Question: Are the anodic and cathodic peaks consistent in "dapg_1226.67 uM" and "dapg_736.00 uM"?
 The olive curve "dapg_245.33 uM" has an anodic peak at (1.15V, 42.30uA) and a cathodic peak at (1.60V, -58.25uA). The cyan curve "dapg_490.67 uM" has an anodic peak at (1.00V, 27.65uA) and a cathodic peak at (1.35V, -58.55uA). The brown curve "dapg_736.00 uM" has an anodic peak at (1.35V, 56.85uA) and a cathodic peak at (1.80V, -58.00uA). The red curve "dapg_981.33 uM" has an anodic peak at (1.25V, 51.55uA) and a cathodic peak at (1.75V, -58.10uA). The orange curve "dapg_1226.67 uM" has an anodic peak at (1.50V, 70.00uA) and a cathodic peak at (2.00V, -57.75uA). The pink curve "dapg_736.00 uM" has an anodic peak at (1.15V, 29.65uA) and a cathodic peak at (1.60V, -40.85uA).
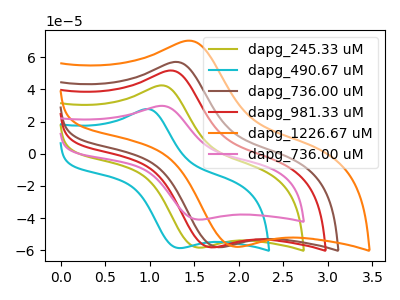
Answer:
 <answer>No, "dapg_1226.67 uM" and "dapg_736.00 uM" have at least one peak that does not match.</answer>
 <eval>mismatch</eval>